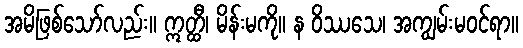
အမိဖြစ်သော်လည်း။ ဣတ္ထီ၊ မိန်းမကို။ န ဝိဿသေ၊ အကျွမ်းမဝင်ရာ။